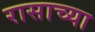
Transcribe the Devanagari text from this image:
रासाच्या